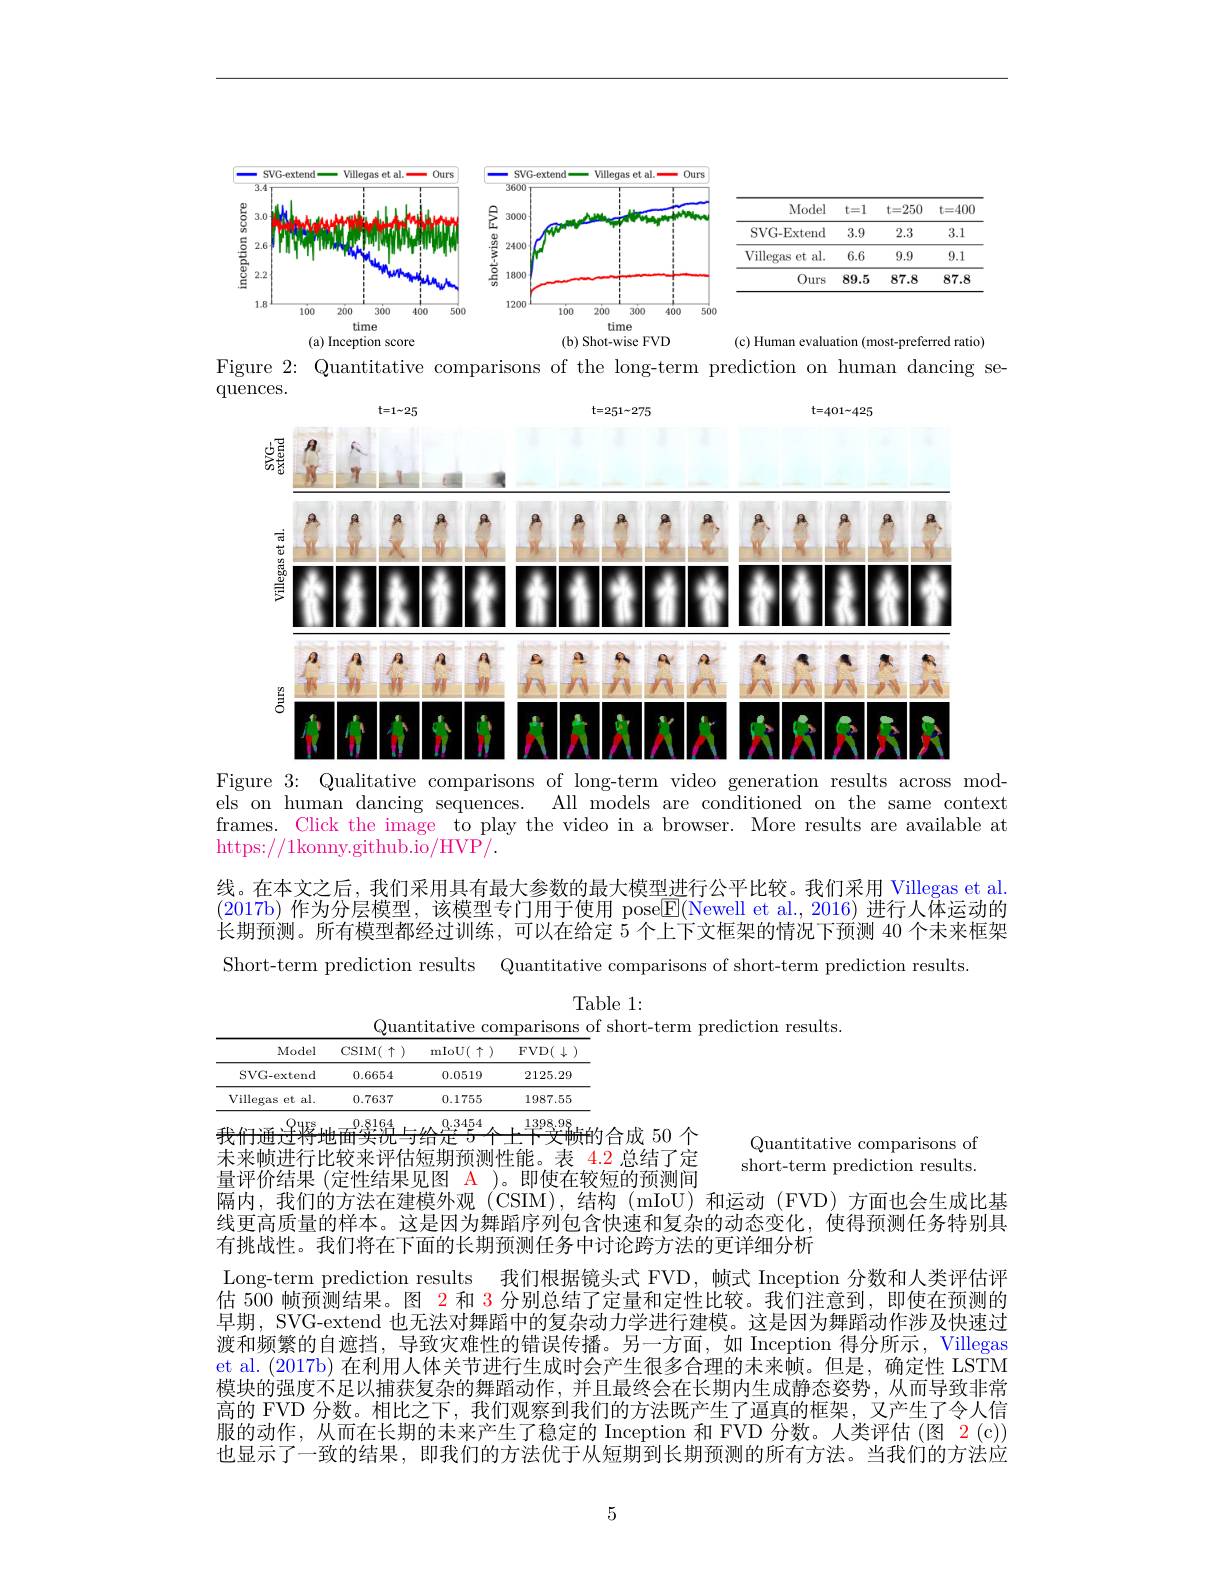
<table>
	<tbody>
		<tr>
			<th>Model</th>
			<th>$t=1$</th>
			<th>t=250</th>
			<th>t=400</th>
		</tr>
		<tr>
			<td>SVG-Extend</td>
			<td>3.9</td>
			<td>2.3</td>
			<td>3.1</td>
		</tr>
		<tr>
			<td>Villegas et $s$ al.</td>
			<td>6.6</td>
			<td>9.9</td>
			<td>9.1</td>
		</tr>
		<tr>
			<td>Ours</td>
			<td>89.5</td>
			<td>87.8</td>
			<td>87.8</td>
		</tr>
	</tbody>
</table>

<FigureHere>

<FigureHere>

human
se-
<FigureHere>

of the
Figure 2: Quantitative
Figure 3: Qualitative comparisons of long-term video generation results across mod-

els on human dancing sequences. All models are conditioned on the same context frames. Click the image to play the video in a browser. More results are available at https://1konny.github.io/HVP/.

线。在本文之后，我们采用具有最大参数的最大模型进行公平比较。我们采用 Villegas et al.

(2017b)作为分层模型，该模型专门用于使用 pose$\underline{\mathrm{E}}($Newell et al., 2016) 进行人体运动的

长期预测。所有模型都经过训练，可以在给定 5 个上下文框架的情况下预测 40 个未来框架

Short-term prediction results Quantitative comparisons of short-term prediction results.

Table 1:
Quantitative comparisons of short-term prediction results.

<table>
	<tbody>
		<tr>
			<th>Model</th>
			<th>$\operatorname{CSIM}(\begin{array}{c}{\uparrow}\end{array})$</th>
			<th>$\operatorname{mIoU}(\uparrow)$</th>
			<th>$FVD(\downarrow$</th>
		</tr>
		<tr>
			<td>SVG-extend</td>
			<td>0.6654</td>
			<td>0.0519</td>
			<td>2125.29</td>
		</tr>
		<tr>
			<td>Villegas et al.</td>
			<td>0.7637</td>
			<td>0.1755</td>
			<td>1987.55</td>
		</tr>
	</tbody>
</table>
$\overline{\text{我们通迁将地面实说与给}^{0.3454}\text{个上下文帧的合成 50 个}}$未来帧讲行比较来评估短期预测性能。表 $\color{red}{4.2}$ 总结了定

Quantitative comparisons of short-term prediction results.

量评价结果 (定性结果见图 A )。即使在较短的预测间
隔内，我们的方法在建模外观 (CSIM),结构 (mIoU)和运动 (FVD) 方面也会生成比基线更高质量的样本。这是因为舞蹈序列包含快速和复杂的动态变化，使得预测任务特别具有挑战性。我们将在下面的长期预测任务中讨论跨方法的更详细分析
Long-term prediction results 我们根据镜头式 FVD, 帧式 Inception 分数和人类评估评估 500 帧预测结果。图 2 和 3 分别总结了定量和定性比较。我们注意到，即使在预测的早期，SVG-extend 也无法对舞蹈中的复杂动力学进行建模。这是因为舞蹈动作涉及快速过渡和频繁的自遮挡，导致灾难性的错误传播。另一方面，如 Inception 得分所示，Villegas et al. (2017b) 在利用人体关节进行生成时会产生很多合理的未来帧。但是，确定性 LSTM 模块的强度不足以捕获复杂的舞蹈动作，并且最终会在长期内生成静态姿势，从而导致非常高的 FVD 分数。相比之下，我们观察到我们的方法既产生了逼真的框架，又产生了令人信服的动作，从而在长期的未来产生了稳定的 Inception 和 FVD 分数。人类评估 (图 2 (c)) 也显示了一致的结果，即我们的方法优于从短期到长期预测的所有方法。当我们的方法应

5